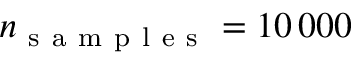
n _ { \mathrm { ~ s ~ a ~ m ~ p ~ l ~ e ~ s ~ } } = 1 0 \, 0 0 0